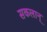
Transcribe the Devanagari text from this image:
सकलान्